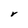
Character: r